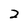
Character: 2